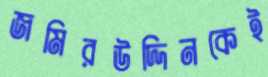
জমিরউদ্দিনকেই